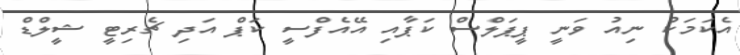
އެކަމަކު ނިއު ވަނީ ޕީޕަލްސް ކަޕާއި އޭއެފްސީ ކަޕް އަދި ޗެރިޓީ ޝީލްޑް